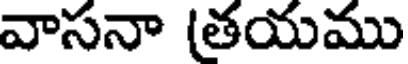
వాసనా (తయము